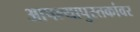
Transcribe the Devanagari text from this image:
आपल्यापुस्तकांवर